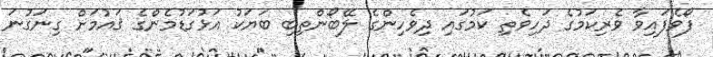
ފޯވެފައިވާ ވެރިކަމުގެ ދަހިވެތި ކަމުގައި ދިވެހިންގެ ލޭބޯންތިބި ބަޔަކު އަޅުގަޑުމެންގެ ޤައުމަށް ގިނަގުނަ